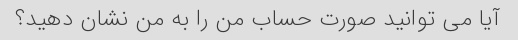
آیا می توانید صورت حساب من را به من نشان دهید؟